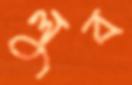
লুব